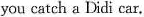
you catch a Didi car.